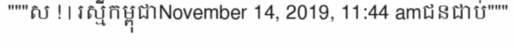
"""ស ! | រស្មីកម្ពុជាNovember 14, 2019, 11:44 amជនជាប់"""